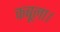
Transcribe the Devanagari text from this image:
कबूला।